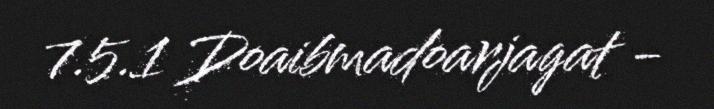
7.5.1 Doaibmadoarjagat -